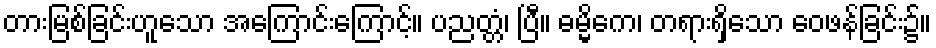
တားမြစ်ခြင်းဟူသော အကြောင်းကြောင့်။ ပညတ္တံ၊ ပြီ။ ဓမ္မိကေ၊ တရားရှိသော ဝေဖန်ခြင်း၌။